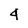
Character: 4